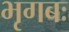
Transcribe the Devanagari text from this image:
भृगबः